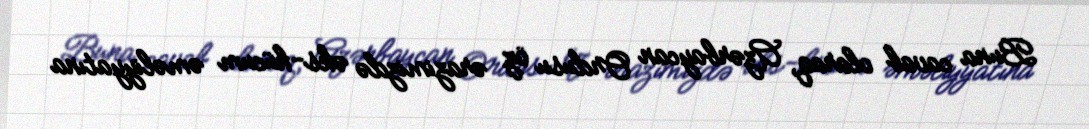
Buna cavab olaraq, Azərbaycan Ordusu öz ərazimizdə əks-hücum əməliyyatına